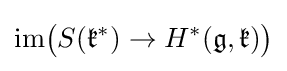
\mathrm {im} {\big (}S({\mathfrak {k}}^{*})\to H^{*}({\mathfrak {g}},{\mathfrak {k}}){\big )}